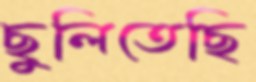
ছুলিতেছি